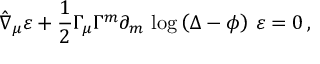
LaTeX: \hat { \nabla } _ { \mu } \varepsilon + \frac 1 2 { \Gamma _ { \mu } } \Gamma ^ { m } \partial _ { m } \, \log \left( \Delta - \phi \right) \, \varepsilon = 0 \, ,